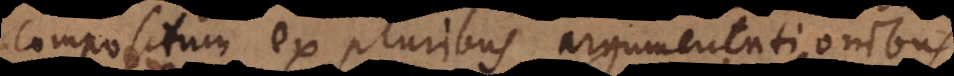
compositum ex pluribus argumentationibus